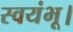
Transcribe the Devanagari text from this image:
स्वयंभू।